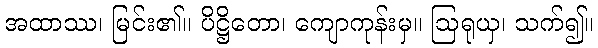
အထာဿ၊ မြင်း၏။ ပိဋ္ဌိတော၊ ကျောကုန်းမှ။ ဩရုယှ၊ သက်၍။